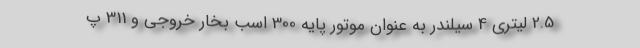
2.5 لیتری 4 سیلندر به عنوان موتور پایه 300 اسب بخار خروجی و 311 پ